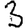
Digit: 3